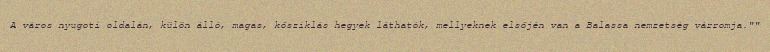
A város nyugoti oldalán, külön álló, magas, kősziklás hegyek láthatók, mellyeknek elsőjén van a Balassa nemzetség várromja.""